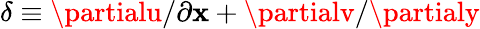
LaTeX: \delta\equiv\partialu/\partial\mathbf{x}+\partialv/\partialy